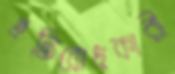
প্রতিরোধকারী